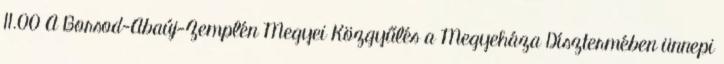
11.00 A Borsod-Abaúj-Zemplén Megyei Közgyűlés a Megyeháza Dísztermében ünnepi